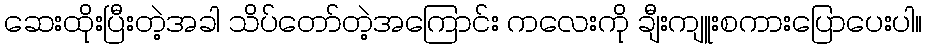
ဆေးထိုးပြီးတဲ့အခါ သိပ်တော်တဲ့အကြောင်း ကလေးကို ချီးကျူးစကားပြောပေးပါ။